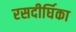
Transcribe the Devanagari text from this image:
रसदीर्घिका